Lunatic asylums Punjab 1868-1880 - 1868-1880
Year: 1868
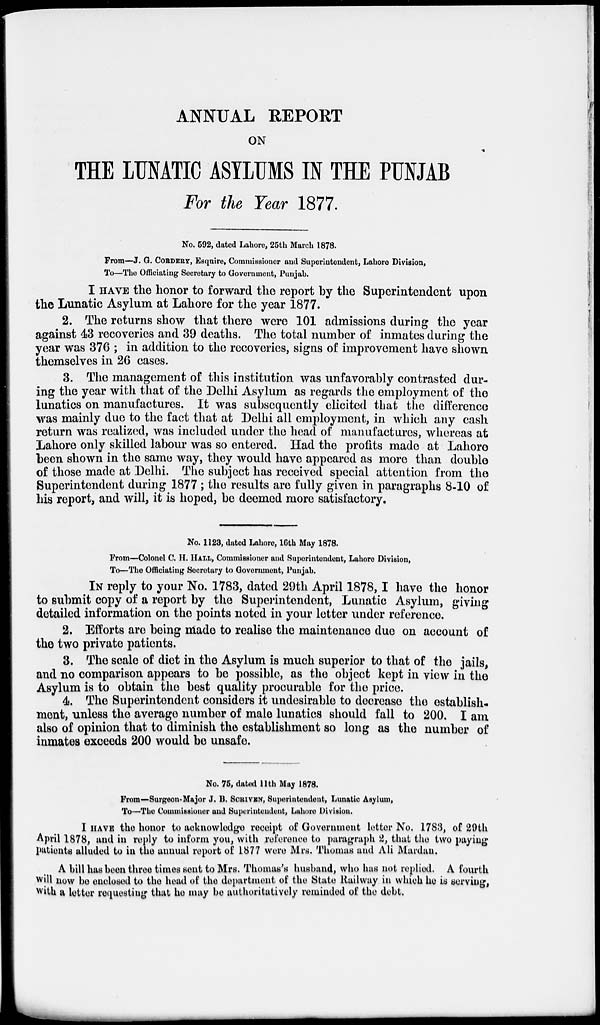
ANNUAL REPORT
ON
THE LUNATIC ASYLUMS IN THE PUNJAB
For the Year 1877.
No. 592, dated Lahore, 25th March 1878.
From—J. G. CORDERY, Esquire, Commissioner and Superintendent, Lahore Division,
To—The Officiating Secretary to Government, Punjab.
I HAVE the honor to forward the report by the Superintendent upon
the Lunatic Asylum at Lahore for the year 1877.
2. The returns show that there were 101 admissions during the year
against 43 recoveries and 39 deaths. The total number of inmates during the
year was 376 ; in addition to the recoveries, signs of improvement have shown
themselves in 26 cases.
3. The management of this institution was unfavorably contrasted dur-
ing the year with that of the Delhi Asylum as regards the employment of the
lunatics on manufactures. It was subsequently elicited that the difference
was mainly due to the fact that at Delhi all employment, in which any cash
return was realized, was included under the head of manufactures, whereas at
Lahore only skilled labour was so entered. Had the profits made at Lahore
been shown in the same way, they would have appeared as more than double
of those made at Delhi. The subject has received special attention from the
Superintendent during 1877 ; the results are fully given in paragraphs 8-10 of
his report, and will, it is hoped, be deemed more satisfactory.
No. 1123, dated Lahore, 16th May 1878.
From—Colonel C. H. HALL, Commissioner and Superintendent, Lahore Division,
To—The Officiating Secretary to Government, Punjab.
IN reply to your No. 1783, dated 29th April 1878,I have the honor
to submit copy of a report by the Superintendent, Lunatic Asylum, giving
detailed information on the points noted in your letter under reference.
2. Efforts are being made to realise the maintenance due on account of
the two private patients.
3. The scale of diet in the Asylum is much superior to that of the jails,
and no comparison appears to be possible, as the object kept in view in the
Asylum is to obtain the best quality procurable for the price.
4. The Superintendent considers it undesirable to decrease the establish-
ment, unless the average number of male lunatics should fall to 200. I am
also of opinion that to diminish the establishment so long as the number of
inmates exceeds 200 would be unsafe.
No. 75, dated 11th May 1878.
From—Surgeon-Major J. B. SCRIVEN, Superintendent, Lunatic Asylum,
To—The Commissioner and Superintendent, Lahore Division.
I HAVE the honor to acknowledge receipt of Government letter No. 1783, of 29th
April 1878, and in reply to inform you, with reference to paragraph 2, that the two paying
patients alluded to in the annual report of 1877 were Mrs. Thomas and Ali Mardan.
A bill has been three times sent to Mrs. Thomas's husband, who has not replied. A fourth
will now be enclosed to the head of the department of the State Railway in which he is serving,
with a letter requesting that he may be authoritatively reminded of the debt.